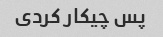
پس چیکار کردی